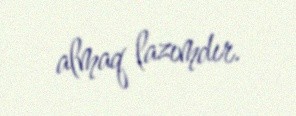
almaq lazımdır.